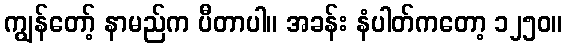
ကျွန်တော့် နာမည်က ပီတာပါ။ အခန်း နံပါတ်ကတော့ ၁၂၅၀။